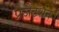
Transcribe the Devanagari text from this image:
प्रैजैंटेशन